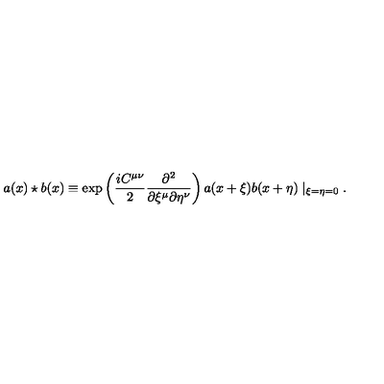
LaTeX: a ( x ) \star b ( x ) \equiv \exp \left( \frac { i C ^ { \mu \nu } } { 2 } \frac { \partial ^ { 2 } } { \partial \xi ^ { \mu } \partial \eta ^ { \nu } } \right) a ( x + \xi ) b ( x + \eta ) \mid _ { \xi = \eta = 0 } .